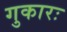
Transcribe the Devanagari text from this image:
गुकारः